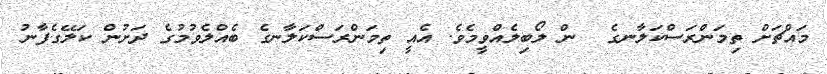
މައްޗަށް ތިމަންރަސްކަލާނގެ  ން ލޯބިލެއްވީމެވެ. އެއީ ތިމަންރަސްކަލާނގެ ބެއްލެވުމުގެ ދަށުން ކަލޭގެފާނު